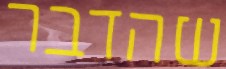
שהדבר